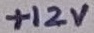
Text: +12V